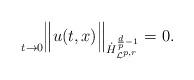
LaTeX: \begin{align*}\underset{t \rightarrow 0}{\ }\Big\|u(t,x)\Big\|_{\dot{H}^{\frac{d}{p} - 1}_{\mathcal{L}^{p,r}}} = 0.\end{align*}